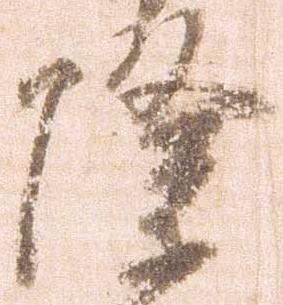
際